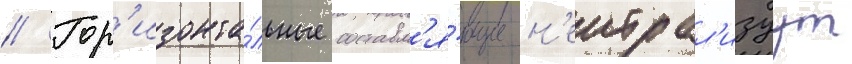
// Гор'изонта́льные составл'я́ющие н'еитрал'изуут